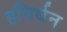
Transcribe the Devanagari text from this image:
हविर्धन